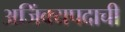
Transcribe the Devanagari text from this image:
अजिंक्यपदाची